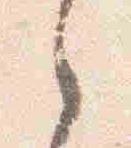
之